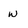
Character: W